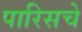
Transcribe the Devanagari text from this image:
पारिसचे